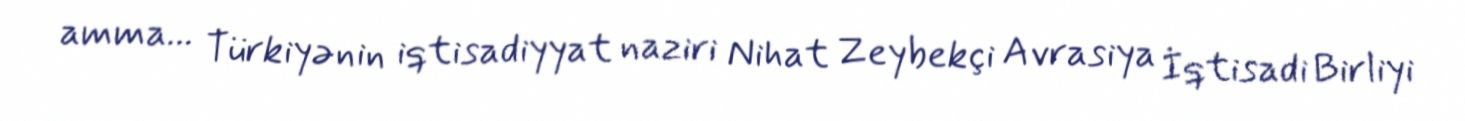
amma... Türkiyənin iqtisadiyyat naziri Nihat Zeybekçi Avrasiya İqtisadi Birliyi